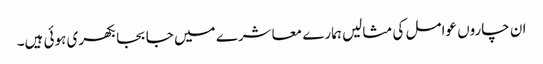
ان چاروں عوامل کی مثالیں ہمارے معاشرے میں جا بجا بکھری ہوئی ہیں۔